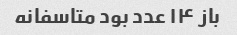
باز ۱۴ عدد بود متاسفانه